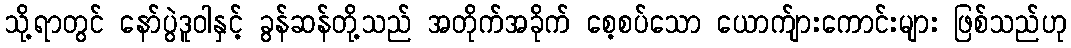
သို့ရာတွင် နော်ပွဲဒူဝါနှင့် ခွန်ဆန်တို့သည် အတိုက်အခိုက် စေ့စပ်သော ယောက်ျားကောင်းများ ဖြစ်သည်ဟု